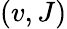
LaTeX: (v,J)